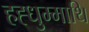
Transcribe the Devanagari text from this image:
हह्धुम्माथि